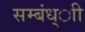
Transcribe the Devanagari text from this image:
सम्बंध्ाी